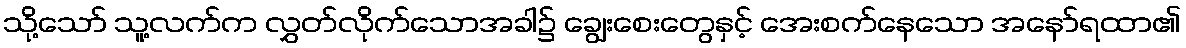
သို့သော် သူ့လက်က လွှတ်လိုက်သောအခါ၌ ချွေးစေးတွေနှင့် အေးစက်နေသော အနော်ရထာ၏